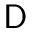
\mathsf { D }